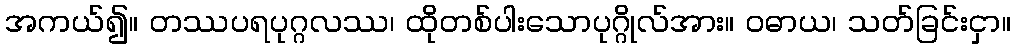
အကယ်၍။ တဿပရပုဂ္ဂလဿ၊ ထိုတစ်ပါးသောပုဂ္ဂိုလ်အား။ ဝဓာယ၊ သတ်ခြင်းငှာ။